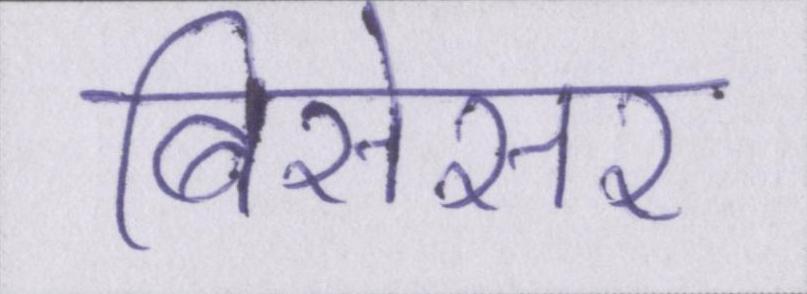
बिसेसर